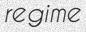
regime